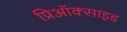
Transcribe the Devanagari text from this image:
प्रिऑक्साइड